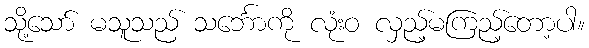
သို့သော် မသူသည် သင်္ဘောကို လုံးဝ လှည့်မကြည့်တော့ပါ။